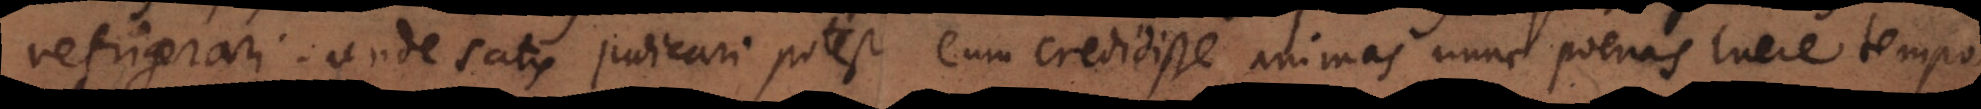
refrigerari. Unde satis judicari potest eum credidisse animas nunc poenas luere tempo